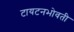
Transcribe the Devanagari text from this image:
टायटनभोवती